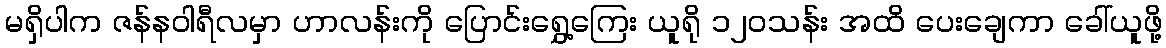
မရှိပါက ဇန်နဝါရီလမှာ ဟာလန်းကို ပြောင်းရွှေ့ကြေး ယူရို ၁၂၀သန်း အထိ ပေးချေကာ ခေါ်ယူဖို့